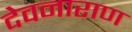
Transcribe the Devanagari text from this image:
देवनाराण